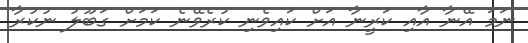
ނަމަ އޭނާ އާއި ކަރީނާ އަށް ކައިވެނި ކުރެވޭނެ ކަމަށް ގަބޫލު ނުކުރާ